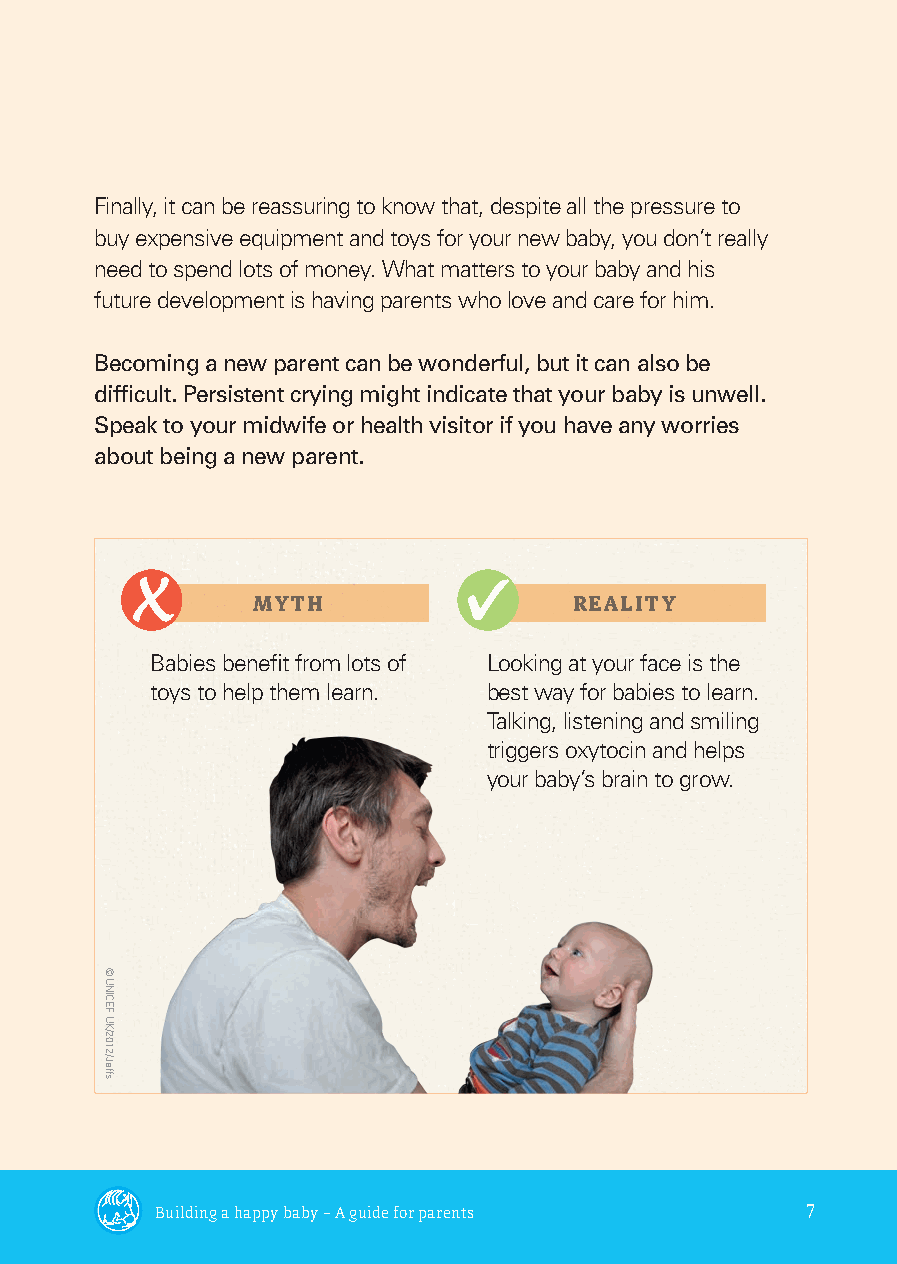
Finally, it can be reassuring to know that, despite all the pressure to
 buy expensive equipment and toys for your new baby, you don’t really
 need to spend lots of money. What matters to your baby and his
 future development is having parents who love and care for him.
 Becoming a new parent can be wonderful, but it can also be
 diffi cult. Persistent crying might indicate that your baby is unwell.
 Speak to your midwife or health visitor if you have any worries
 about being a new parent.
 MYTH                 REALITY
 Babies benefi t from lots of Looking at your face is the
 toys to help them learn. best way for babies to learn.
 Talking, listening and smiling
 triggers oxytocin and helps
 your baby’s brain to grow.
 Building a happy baby – A guide for parents 7
 parents_leaflet-AW.indd 7                        10/06/2014 15:33
 ©
 UNICEF
 UK/2012/Jeffs